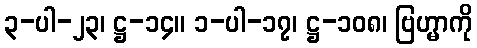
၃-ပါ-၂၃၊ ဋ္ဌ-၁၄။ ၁-ပါ-၁၇၊ ဋ္ဌ-၁၀၈၊ ဗြဟ္မာကို